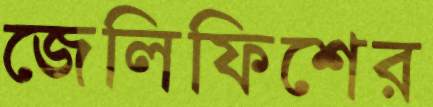
জেলিফিশের